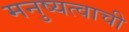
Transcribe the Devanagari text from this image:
मनुष्यत्वाची